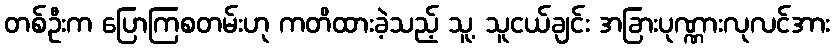
တစ်ဦးက ပြောကြစတမ်းဟု ကတိထားခဲ့သည့် သူ့ သူငယ်ချင်း အခြားပုဏ္ဏားလုလင်အား